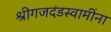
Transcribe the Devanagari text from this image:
श्रीगजदंडस्वामींना